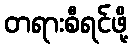
တရားစီရင်ဖို့